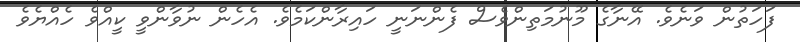
ފަހަތުން ވަނެވެ. އޭނާގެ މޫނުމަތިންވެސް ފެންނަނީ ހައިރާންކަމެވެ. އެހެން ނުވާންވީ ކީއްވެ ހެއްޔެވެ